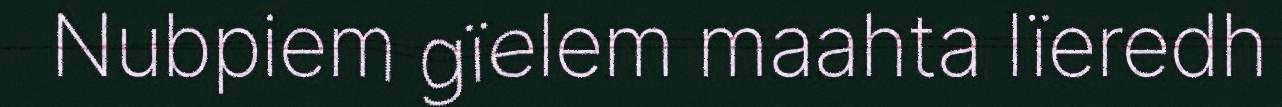
Nubpiem gïelem maahta lïeredh